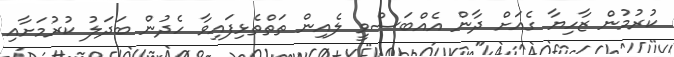
ކުރުމުން ޒާހިޔާ ގެއަށް ދާން އެއްބަސްވީ ލެއިން ތަތްތެޅިފައިވާ ހެދުން ބަދަލު ކުރުމަށާއި